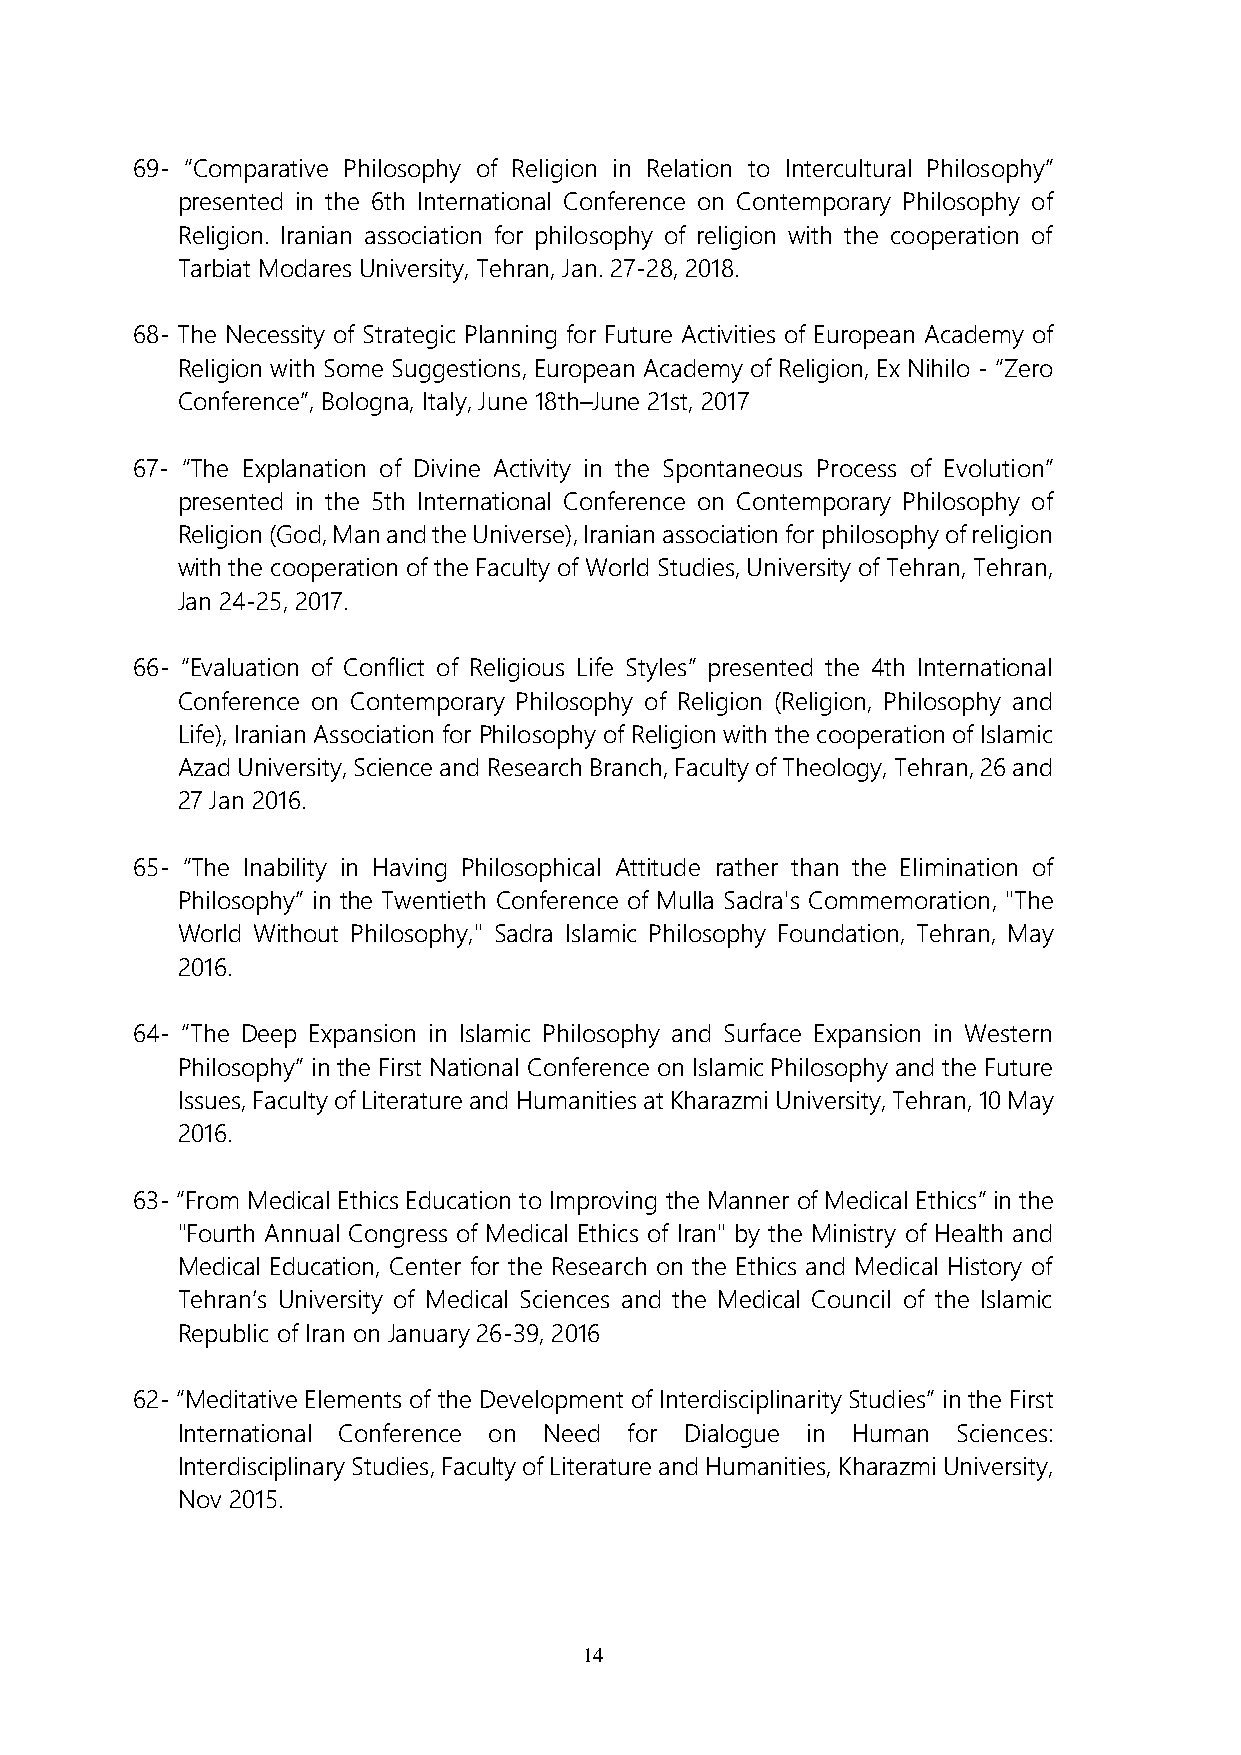
69- “Comparative Philosophy of Religion in Relation to Intercultural Philosophy”
 presented in the 6th International Conference on Contemporary Philosophy of
 Religion. Iranian association for philosophy of religion with the cooperation of
 Tarbiat Modares University, Tehran, Jan. 27-28, 2018.
 68- The Necessity of Strategic Planning for Future Activities of European Academy of
 Religion with Some Suggestions, European Academy of Religion, Ex Nihilo - “Zero
 Conference”, Bologna, Italy, June 18th–June 21st, 2017
 67- “The Explanation of Divine Activity in the Spontaneous Process of Evolution”
 presented in the 5th International Conference on Contemporary Philosophy of
 Religion (God, Man and the Universe), Iranian association for philosophy of religion
 with the cooperation of the Faculty of World Studies, University of Tehran, Tehran,
 Jan 24-25, 2017.
 66- “Evaluation of Conflict of Religious Life Styles” presented the 4th International
 Conference on Contemporary Philosophy of Religion (Religion, Philosophy and
 Life), Iranian Association for Philosophy of Religion with the cooperation of Islamic
 Azad University, Science and Research Branch, Faculty of Theology, Tehran, 26 and
 27 Jan 2016.
 65- “The Inability in Having Philosophical Attitude rather than the Elimination of
 Philosophy” in the Twentieth Conference of Mulla Sadra's Commemoration, "The
 World Without Philosophy," Sadra Islamic Philosophy Foundation, Tehran, May
 2016.
 64- “The Deep Expansion in Islamic Philosophy and Surface Expansion in Western
 Philosophy” in the First National Conference on Islamic Philosophy and the Future
 Issues, Faculty of Literature and Humanities at Kharazmi University, Tehran, 10 May
 2016.
 63- “From Medical Ethics Education to Improving the Manner of Medical Ethics” in the
 "Fourth Annual Congress of Medical Ethics of Iran" by the Ministry of Health and
 Medical Education, Center for the Research on the Ethics and Medical History of
 Tehran’s University of Medical Sciences and the Medical Council of the Islamic
 Republic of Iran on January 26-39, 2016
 62- “Meditative Elements of the Development of Interdisciplinarity Studies” in the First
 International Conference on Need for Dialogue in Human Sciences:
 Interdisciplinary Studies, Faculty of Literature and Humanities, Kharazmi University,
 Nov 2015.
 14